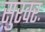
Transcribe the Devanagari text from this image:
सुरवरः